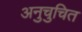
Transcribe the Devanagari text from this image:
अनुचुचित